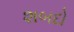
શબદો